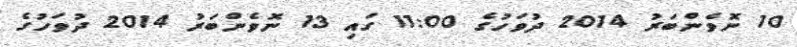
10 ނޮވެންބަރު 2014 ދުވަހުގެ 11:00 ގައި 13 ނޮވެންބަރު 2014 ދުވަހުގެ